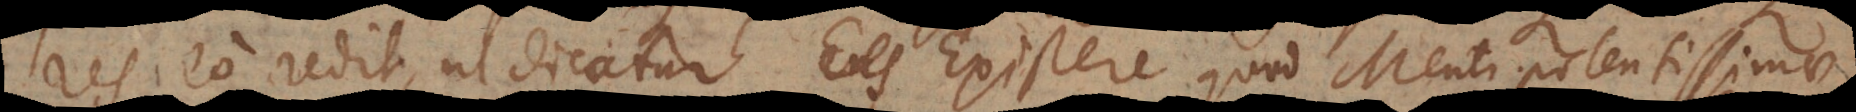
res eo redit, ut dicatur Existere quod Menti potentissimae